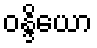
ဝန္ဒိယော